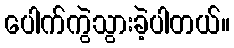
ပေါက်ကွဲသွားခဲ့ပါတယ်။